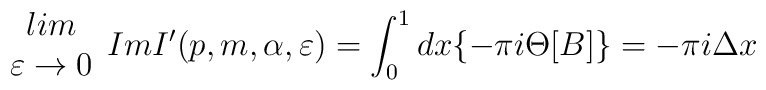
\begin{array}{c}lim\\\varepsilon \rightarrow 0\end{array}ImI'(p,m,\alpha ,\varepsilon )=\int ^{1}_{0}dx\{-\pi i\Theta [B]\}=-\pi i\Delta x